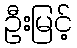
ဦးမြင့်